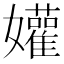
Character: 孉